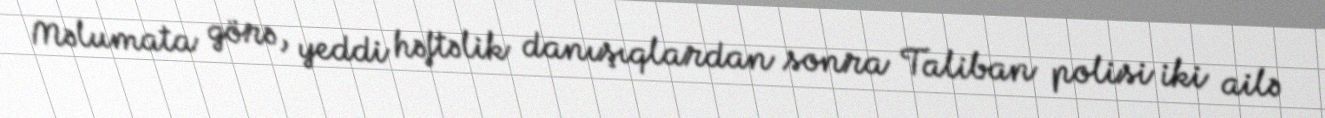
Məlumata görə, yeddi həftəlik danışıqlardan sonra Taliban polisi iki ailə